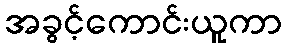
အခွင့်ကောင်းယူကာ